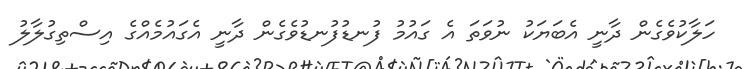
ހަލާކުވެގެން ދާނީ އެބަޔަކު ނުވަތަ އެ ގައުމު ފުނޑުފުނޑުވެގެން ދާނީ އެގައުމެއްގެ އިސްތިގުލާލު